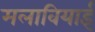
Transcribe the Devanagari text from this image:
मलावियाई